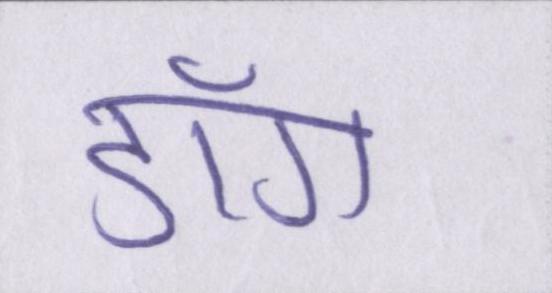
डाँग